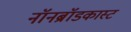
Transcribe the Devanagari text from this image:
नॉनब्रॉडकास्ट